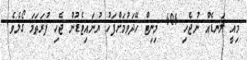
މިއީ ލަނޑެއް ނުޖެހި 404 މިނިޓް ހޭދަވުމަށްފަހު ޔުނައިޓެޑުން ޖެހި ފުރަތަމަ ގޯލެވެ.